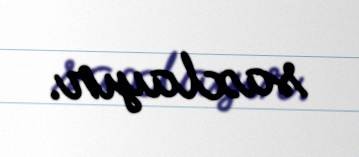
saxlayır.